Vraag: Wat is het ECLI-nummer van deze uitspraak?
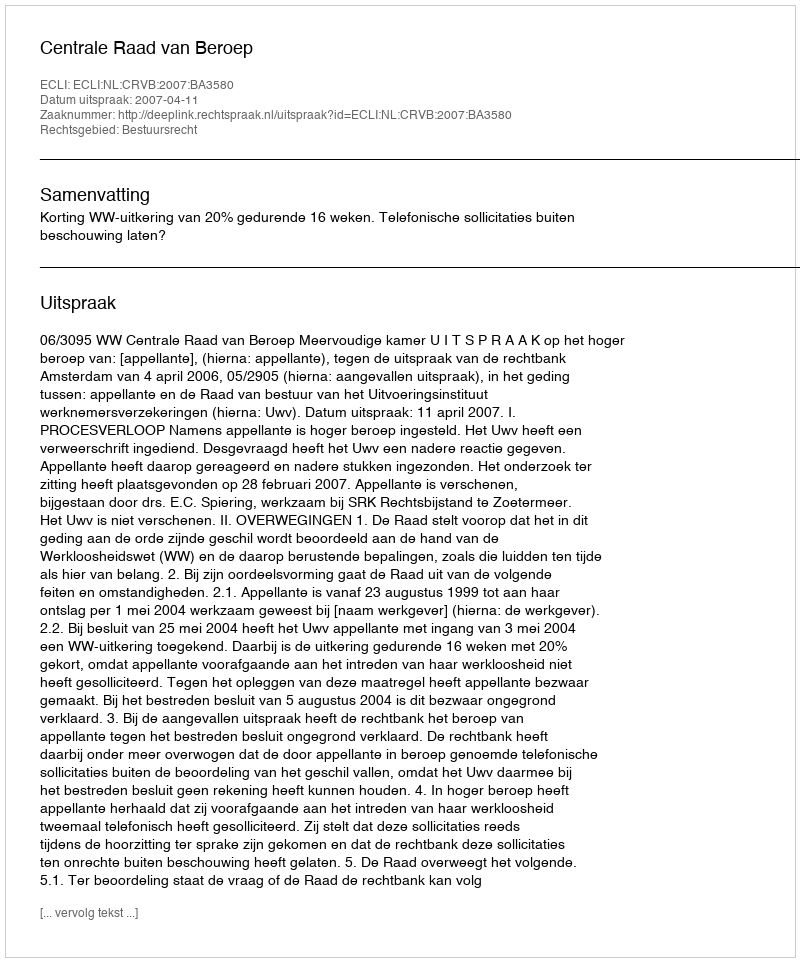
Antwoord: ECLI:NL:CRVB:2007:BA3580